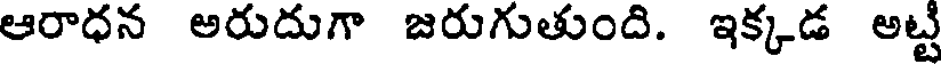
ఆరాధన అరుదుగా జరుగుతుంది. ఇక్కడ అట్ట